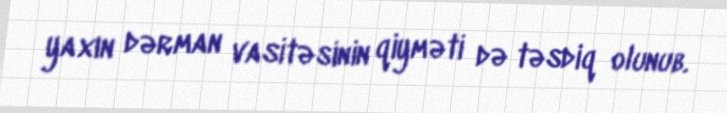
yaxın dərman vasitəsinin qiyməti də təsdiq olunub.